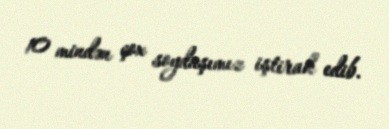
10 mindən çox soydaşımız iştirak edib.